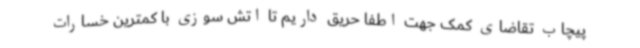
پیچاب تقاضای کمک جهت اطفا حریق داریم تا اتش سوزی با کمترین خسارات